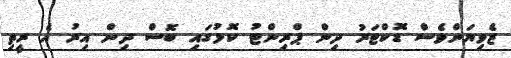
ޒެވިޔަންވެސް ޑޮކްޓަރު ދިން ޕްރިންޓު ކޮޅުގައި ބޮސް ދިން އިރު އެ ރީތި